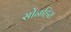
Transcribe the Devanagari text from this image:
सोनहिरा